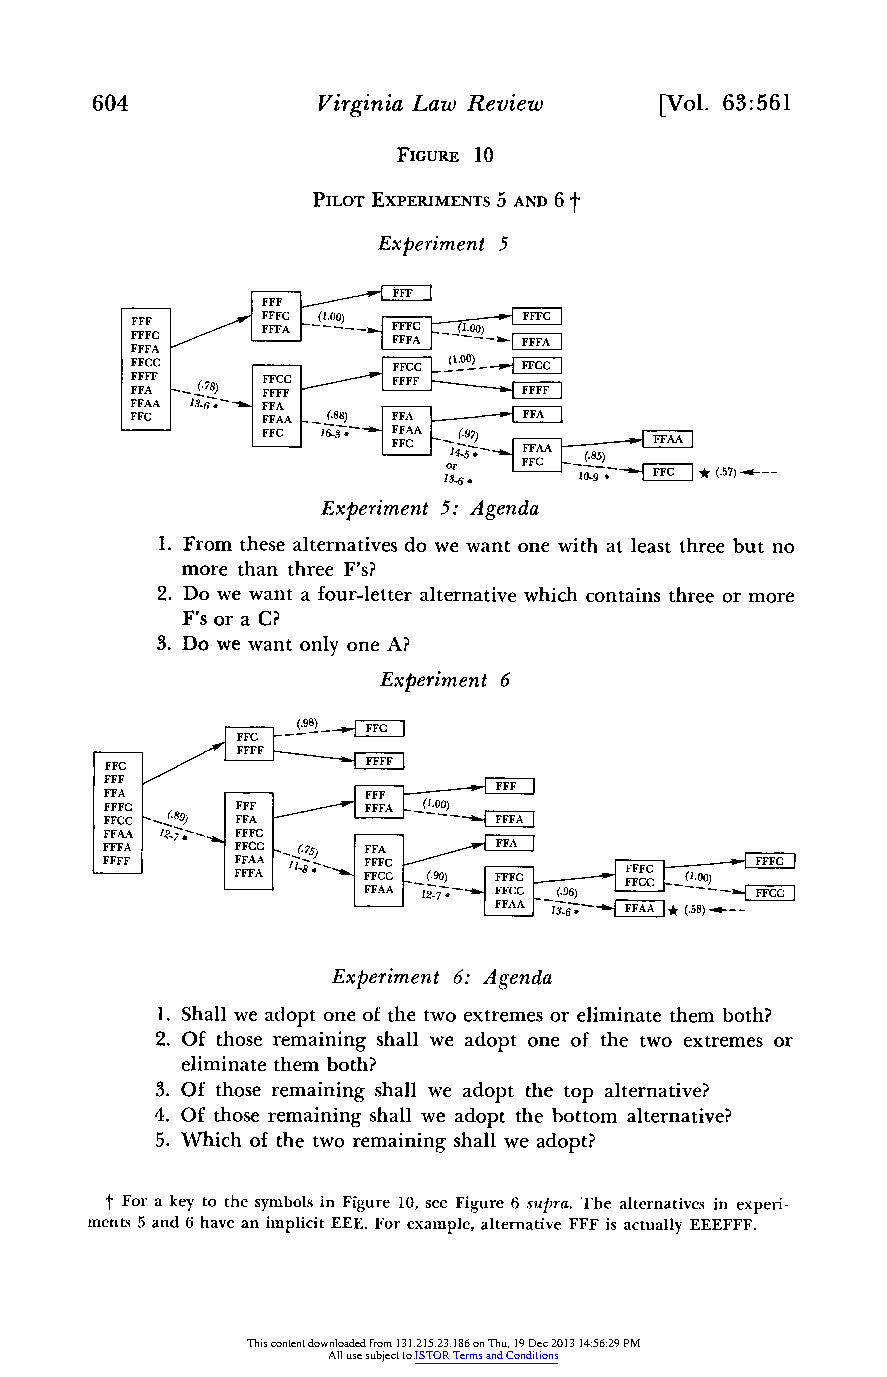
604            Virginia Law Review    [Vol. 63:561
 FIGURE 10
 PILOT EXPERIMENTS 5 AND 6 t
 Experiment 5
 FFFF FFC FFC FF CA _ FFFA- - FF.F C 8 ~|( 1F ~.F ~0F0 FC) F FL A_ C'? - FF FF
 FFFA~~~~~~~~~~~~~FF
 FFCA (378 FFFAA (88) F
 FFC
 ~ |F~ F~ CF FA | A 11 6 -3 * FFFF FFA CA A ( (. 97)
 FFAA
 FA
 1o36 FFF C (. 98 5) - FFC * (.57) __
 Experiment 5: Agenda
 1. From these alternativesd o we want one with at least threeb ut no
 more than three F's?
 2. Do we want a four-lettearl ternativew hich containst hreeo r more
 F's or a C?
 3. Do we want only one A?
 Experiment 6
 IFFC L9--
 FFC       FFFF~~~~~~~~F
 FFCFCF A (.89) FFA FFF~~~~~~~~~~~F
 FFFC     FFFC    FFFA
 FFAA    FFFC~~~FC        FC       FC  1.0
 FFFF~~~~~FFFA 1 18*_FFFCCC( 0) FFFC | 00
 FFAA 12-7 FFCC (.96)
 FFAA 1 6' FFAAE * (.58)_ _
 Experiment 6: Agenda
 1. Shall we adopt one of the two extremeso r eliminatet hemb oth?
 2. Of those remainings hall we adopt one of the two extremeso r
 eliminatet hemb oth?
 3. Of those remainings hall we adopt the top alternative?
 4. Of those remainings hall we adopt the bottom alternative?
 5. Which of the two remainings hall we adopt?
 t For a key to the symbolsi n Figure 10, see Figure 6 supra. The alternativesi n experi-
 ments5 and 6 have an implicit EEE. For example, alternative FFF is actually EEEFFF.
 This content downloaded from 131.215.23.186 on Thu, 19 Dec 2013 14:56:29 PM
 All use subject to JSTOR Terms and Conditions